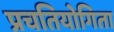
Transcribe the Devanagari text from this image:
प्रचतियोगिता